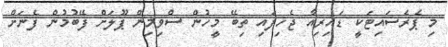
މި ޕެރެސައިޓަކީ ޑައިރިއާ ޖެހިފައި ތިބޭ މީހުން ސްވިމިން ޕޫލަށް ފޭބުމުން ފެނަށް